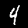
Label: 4